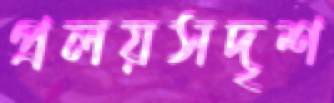
প্রলয়সদৃশ